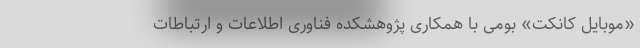
«موبایل کانکت» بومی با همکاری پژوهشکده فناوری اطلاعات و ارتباطات